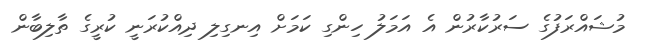
މުޝައްރަފުގެ ސަރުކާރުން އެ އަމަލު ހިންގި ކަމަށް އިނގިލި ދިއްކުރަނީ ކުރީގެ ތާލިބާން